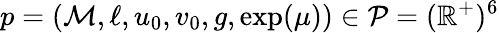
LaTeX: p=(\mathcal{M},\ell,u_{0},v_{0},g,\exp(\mu))\in\mathcal{{P}}=(\mathbb{{R}}^{+})^{6}